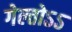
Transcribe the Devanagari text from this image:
गेल्तोऽऽ